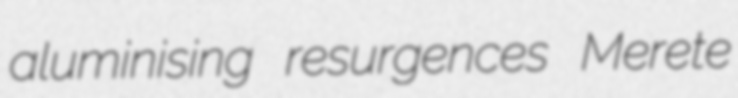
aluminising resurgences Merete